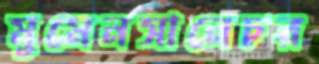
মুমেনসানেচর